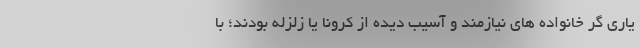
یاری گر خانواده های نیازمند و آسیب دیده از کرونا یا زلزله بودند؛ با